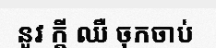
នូវ ក្តី ឈឺ ចុកចាប់